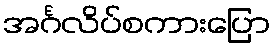
အင်္ဂလိပ်စကားပြော